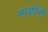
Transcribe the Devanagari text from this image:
माळींनी